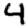
Digit: 4